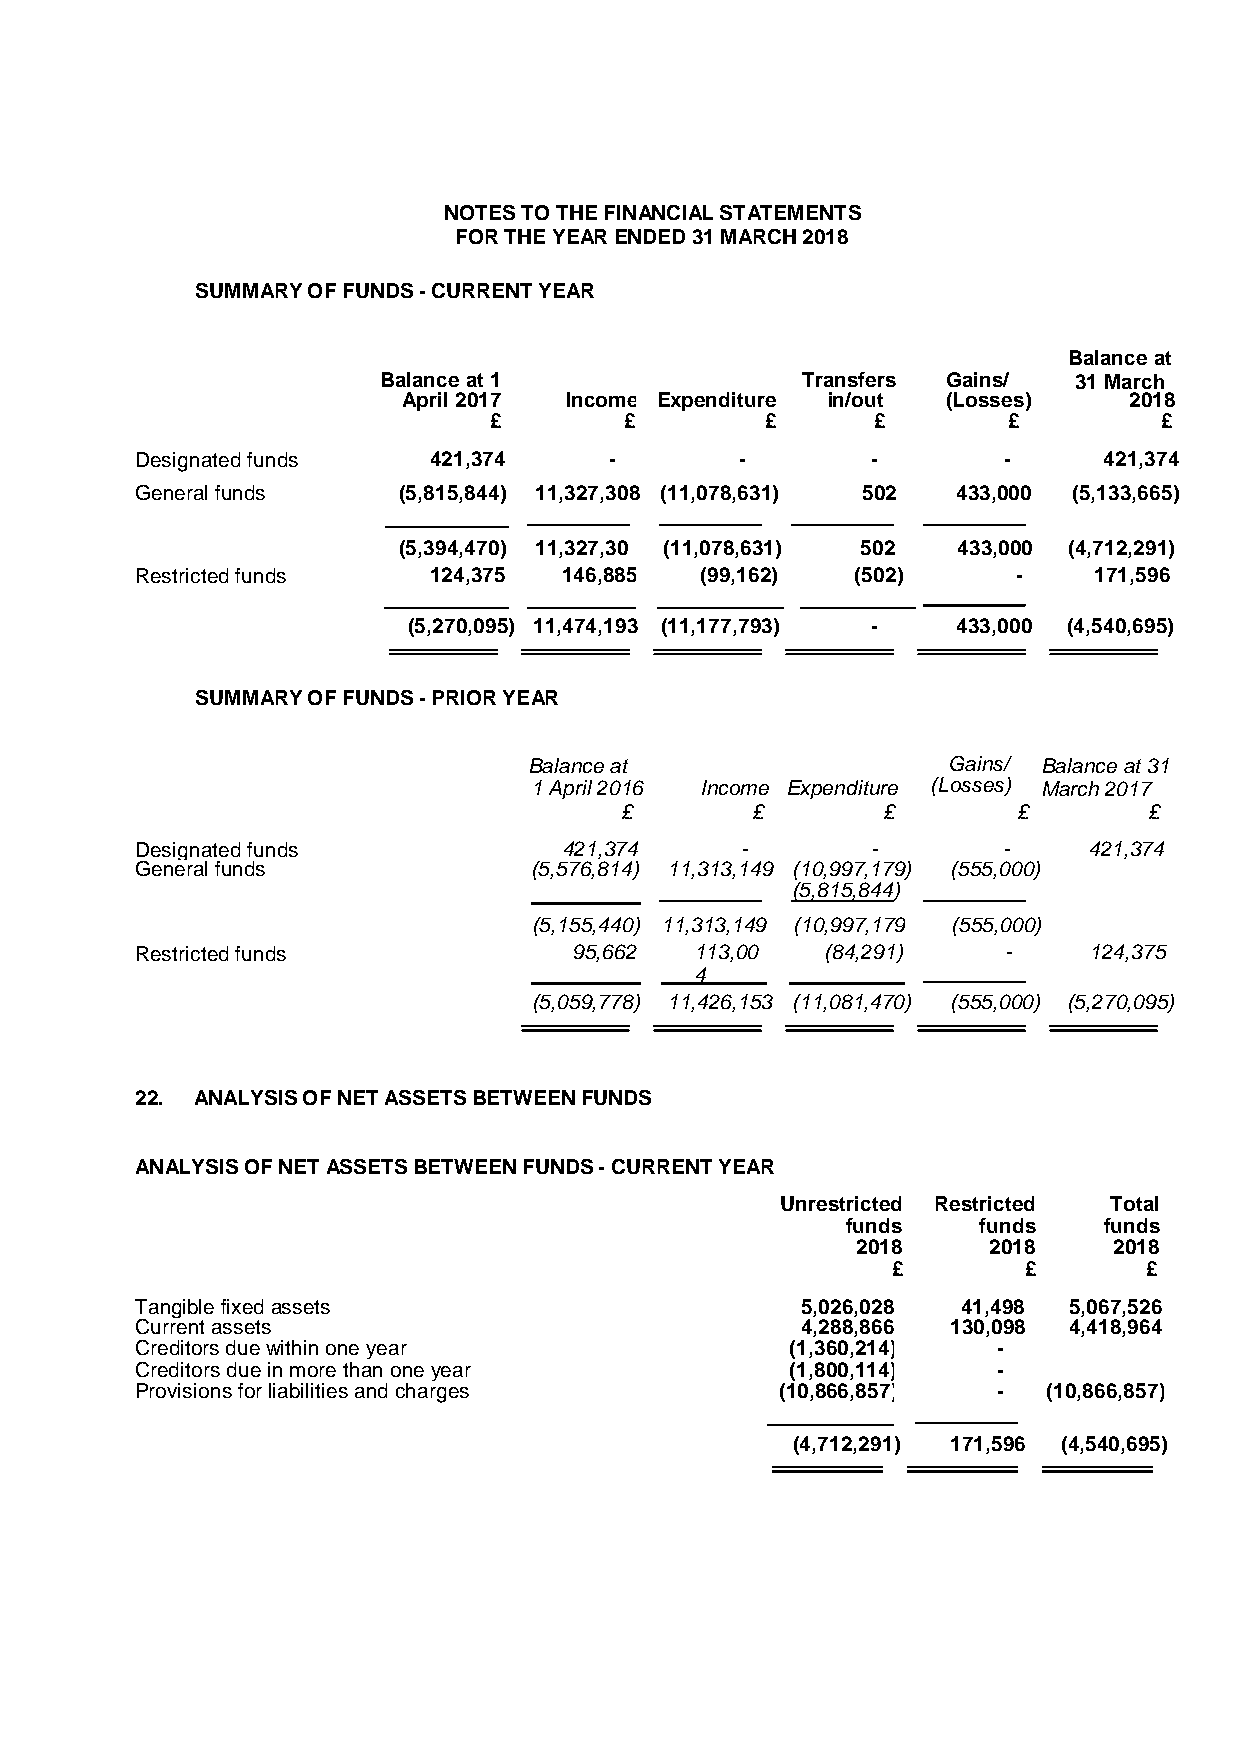
NOTES TO THE FINANCIAL STATEMENTS
 FOR THE YEAR ENDED 31 MARCH 2018
 SUMMARY OF FUNDS - CURRENT YEAR
 Balance at
 Balance at 1                Transfers Gains/  31 March
 April 2017 Income Expenditure in/out (Losses)   2018
 £        £         £      £        £         £
 Designated funds   421,374     -        -        -       -      421,374
 General funds    (5,815,844) 11,327,308 (11,078,631) 502 433,000 (5,133,665)
 (5,394,470) 11,327,30 (11,078,631) 502 433,000 (4,712,291)
 Restricted funds   124,375  146,885  (99,162)   (502)     -    171,596
 (5,270,095) 11,474,193 (11,177,793) - 433,000 (4,540,695)
 SUMMARY OF FUNDS - PRIOR YEAR
 Balance at                  Gains/ Balance at 31
 1 April 2016 Income Expenditure (Losses) March 2017
 £        £       £        £        £
 Designated funds            421,374     -        -       -     421,374
 General funds             (5,576,814) 11,313,149 (10,997,179) (555,000)
 (5,815,844)
 (5,155,440) 11,313,149 (10,997,179) (555,000)
 Restricted funds             95,662  113,00   (84,291)    -    124,375
 4
 (5,059,778) 11,426,153 (11,081,470) (555,000) (5,270,095)
 22. ANALYSIS OF NET ASSETS BETWEEN FUNDS
 ANALYSIS OF NET ASSETS BETWEEN FUNDS - CURRENT YEAR
 Unrestricted Restricted Total
 funds    funds   funds
 2018    2018     2018
 £        £       £
 Tangible fixed assets                       5,026,028  41,498 5,067,526
 Current assets                              4,288,866 130,098 4,418,964
 Creditors due within one year              (1,360,214)   -
 Creditors due in more than one year        (1,800,114)   -
 Provisions for liabilities and charges     (10,866,857)  -  (10,866,857)
 (4,712,291) 171,596 (4,540,695)